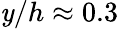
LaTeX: \mathit{y}/h\approx0.3